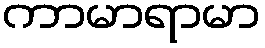
ကာမာရာမာ